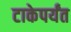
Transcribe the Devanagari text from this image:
टाकेपर्यंत